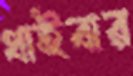
ধাইবার